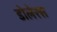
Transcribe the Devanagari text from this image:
डोलेरस